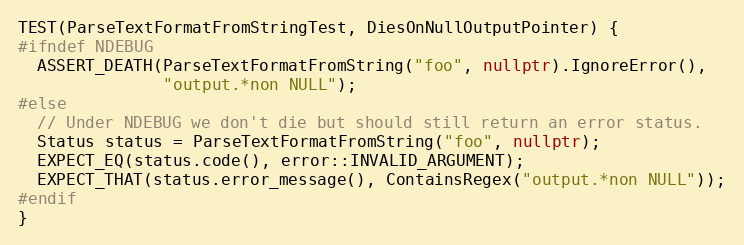
Language: C++
TEST(ParseTextFormatFromStringTest, DiesOnNullOutputPointer) {
#ifndef NDEBUG
  ASSERT_DEATH(ParseTextFormatFromString("foo", nullptr).IgnoreError(),
               "output.*non NULL");
#else
  // Under NDEBUG we don't die but should still return an error status.
  Status status = ParseTextFormatFromString("foo", nullptr);
  EXPECT_EQ(status.code(), error::INVALID_ARGUMENT);
  EXPECT_THAT(status.error_message(), ContainsRegex("output.*non NULL"));
#endif
}